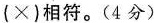
(×)相符。(4分)